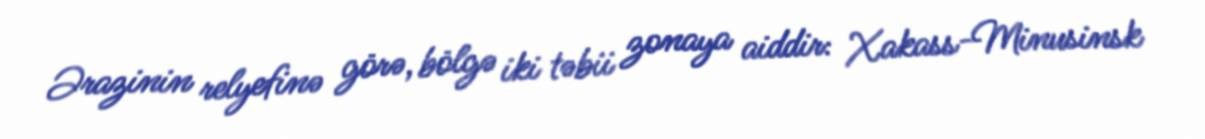
Ərazinin relyefinə görə, bölgə iki təbii zonaya aiddir: Xakass-Minusinsk